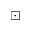
\boxdot